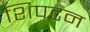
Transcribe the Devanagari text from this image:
शिपटन